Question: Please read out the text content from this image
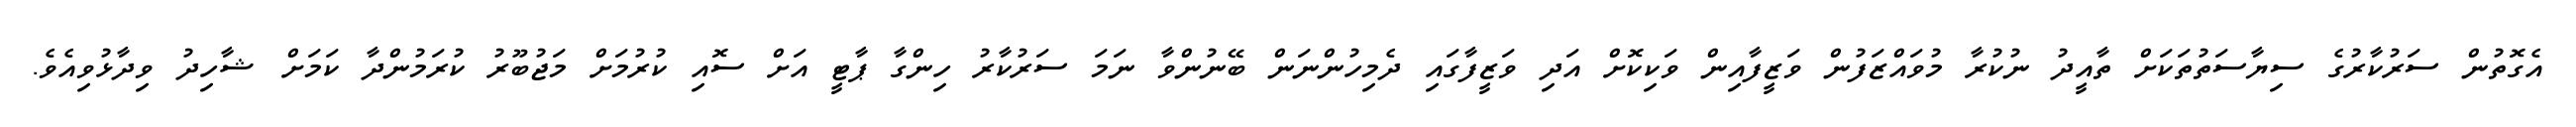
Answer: އެގޮތުން ސަރުކާރުގެ ސިޔާސަތުތަކަށް ތާއީދު ނުކުރާ މުވައްޒަފުން ވަޒީފާއިން ވަކިކޮށް އަދި ވަޒީފާގައި ދެމިހުންނަން ބޭނުންވާ ނަމަ ސަރުކާރު ހިންގާ ޕާޓީ އަށް ސޮއި ކުރުމަށް މަޖުބޫރު ކުރަމުންދާ ކަމަށް ޝާހިދު ވިދާޅުވިއެވެ.